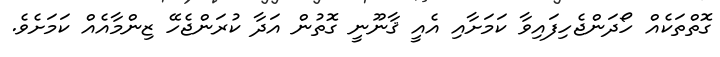
ގޮތްތަކެއް ހޯދަންޖެހިފައިވާ ކަމަށާއި އެއީ ޤާނޫނީ ގޮތުން އަދާ ކުރަންޖެހޭ ޒިންމާއެއް ކަމަށެވެ.